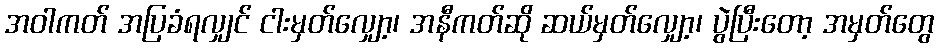
အဝါကတ် အပြခံရလျှင် ငါးမှတ်လျှော့၊ အနီကတ်ဆို ဆယ်မှတ်လျှော့၊ ပွဲပြီးတော့ အမှတ်တွေ